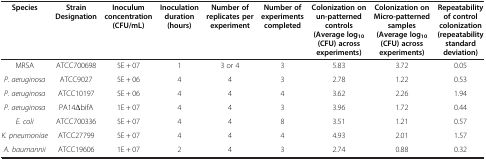
<table><thead><tr><td><b>Species</b></td><td><b>Strain Designation</b></td><td><b>Inoculum concentration (CFU/mL)</b></td><td><b>Inoculation duration (hours)</b></td><td><b>Number of replicates per experiment</b></td><td><b>Number of experiments completed</b></td><td><b>Colonization on un-patterned controls (Average log<sub>10</sub>(CFU) across experiments)</b></td><td><b>Colonization on Micro-patterned samples (Average log<sub>10</sub>(CFU) across experiments)</b></td><td><b>Repeatability of control colonization (repeatability standard deviation)</b></td></tr></thead><tbody><tr><td>MRSA</td><td>ATCC700698</td><td>5E + 07</td><td>1</td><td>3 or 4</td><td>3</td><td>5.83</td><td>3.72</td><td>0.05</td></tr><tr><td><i>P. aeruginosa</i></td><td>ATCC9027</td><td>5E + 06</td><td>4</td><td>4</td><td>3</td><td>2.78</td><td>1.22</td><td>0.53</td></tr><tr><td><i>P. aeruginosa</i></td><td>ATCC10197</td><td>5E + 06</td><td>4</td><td>4</td><td>4</td><td>3.62</td><td>2.26</td><td>1.94</td></tr><tr><td><i>P. aeruginosa</i></td><td>PA14<i>ΔbifA</i></td><td>1E + 07</td><td>4</td><td>4</td><td>3</td><td>3.96</td><td>1.72</td><td>0.44</td></tr><tr><td><i>E. coli</i></td><td>ATCC700336</td><td>5E + 07</td><td>4</td><td>4</td><td>8</td><td>3.51</td><td>1.21</td><td>0.57</td></tr><tr><td><i>K. pneumoniae</i></td><td>ATCC27799</td><td>5E + 07</td><td>4</td><td>4</td><td>4</td><td>4.93</td><td>2.01</td><td>1.57</td></tr><tr><td><i>A. baumannii</i></td><td>ATCC19606</td><td>1E + 07</td><td>2</td><td>4</td><td>3</td><td>2.74</td><td>0.88</td><td>0.32</td></tr></tbody></table>